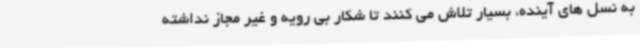
به نسل های آینده، بسیار تلاش می کنند تا شکار بی رویه و غیر مجاز نداشته